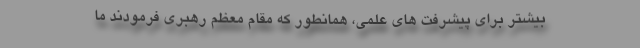
بیشتر برای پیشرفت های علمی، همانطور که مقام معظم رهبری فرمودند ما